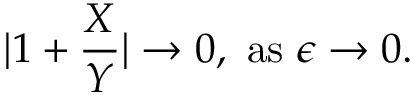
| 1 + { \frac { X } { Y } } | \to 0 , \ \mathrm { a s } \ \epsilon \to 0 .